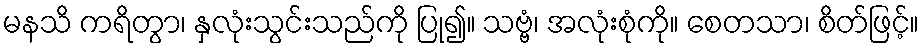
မနသိ ကရိတွာ၊ နှလုံးသွင်းသည်ကို ပြု၍။ သဗ္ဗံ၊ အလုံးစုံကို။ စေတသာ၊ စိတ်ဖြင့်။